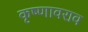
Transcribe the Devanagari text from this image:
कृष्णावराव